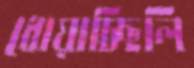
ধোয়াচ্ছিলি